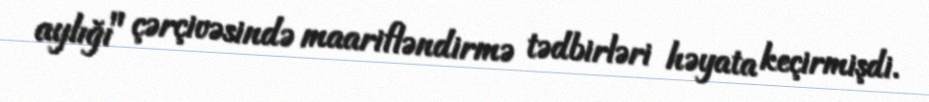
aylığı" çərçivəsində maarifləndirmə tədbirləri həyata keçirmişdi.